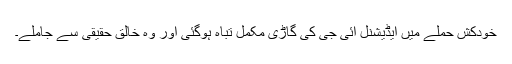
خودکش حملے میں ایڈیشنل آئی جی کی گاڑی مکمل تباہ ہوگئی اور وہ خالق حقیقی سے جاملے۔